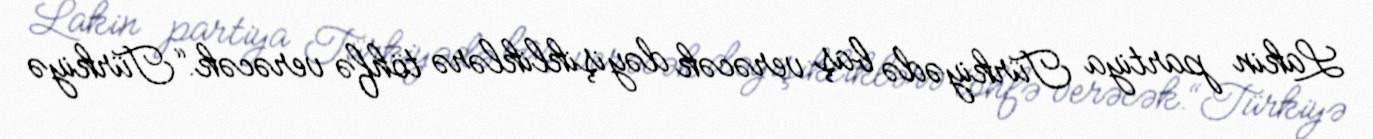
Lakin partiya Türkiyədə baş verəcək dəyişikliklərə töhfə verəcək.“Türkiyə